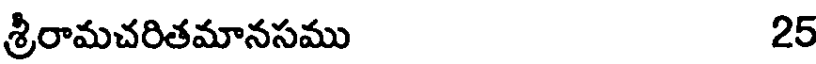
శ్రీరామచరితమానసము 25